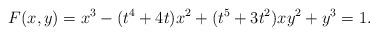
LaTeX: \begin{align*} F(x,y) = x^3 - (t^4 +4t)x^2 + (t^5+3t^2)xy^2 + y^3 = 1.\end{align*}